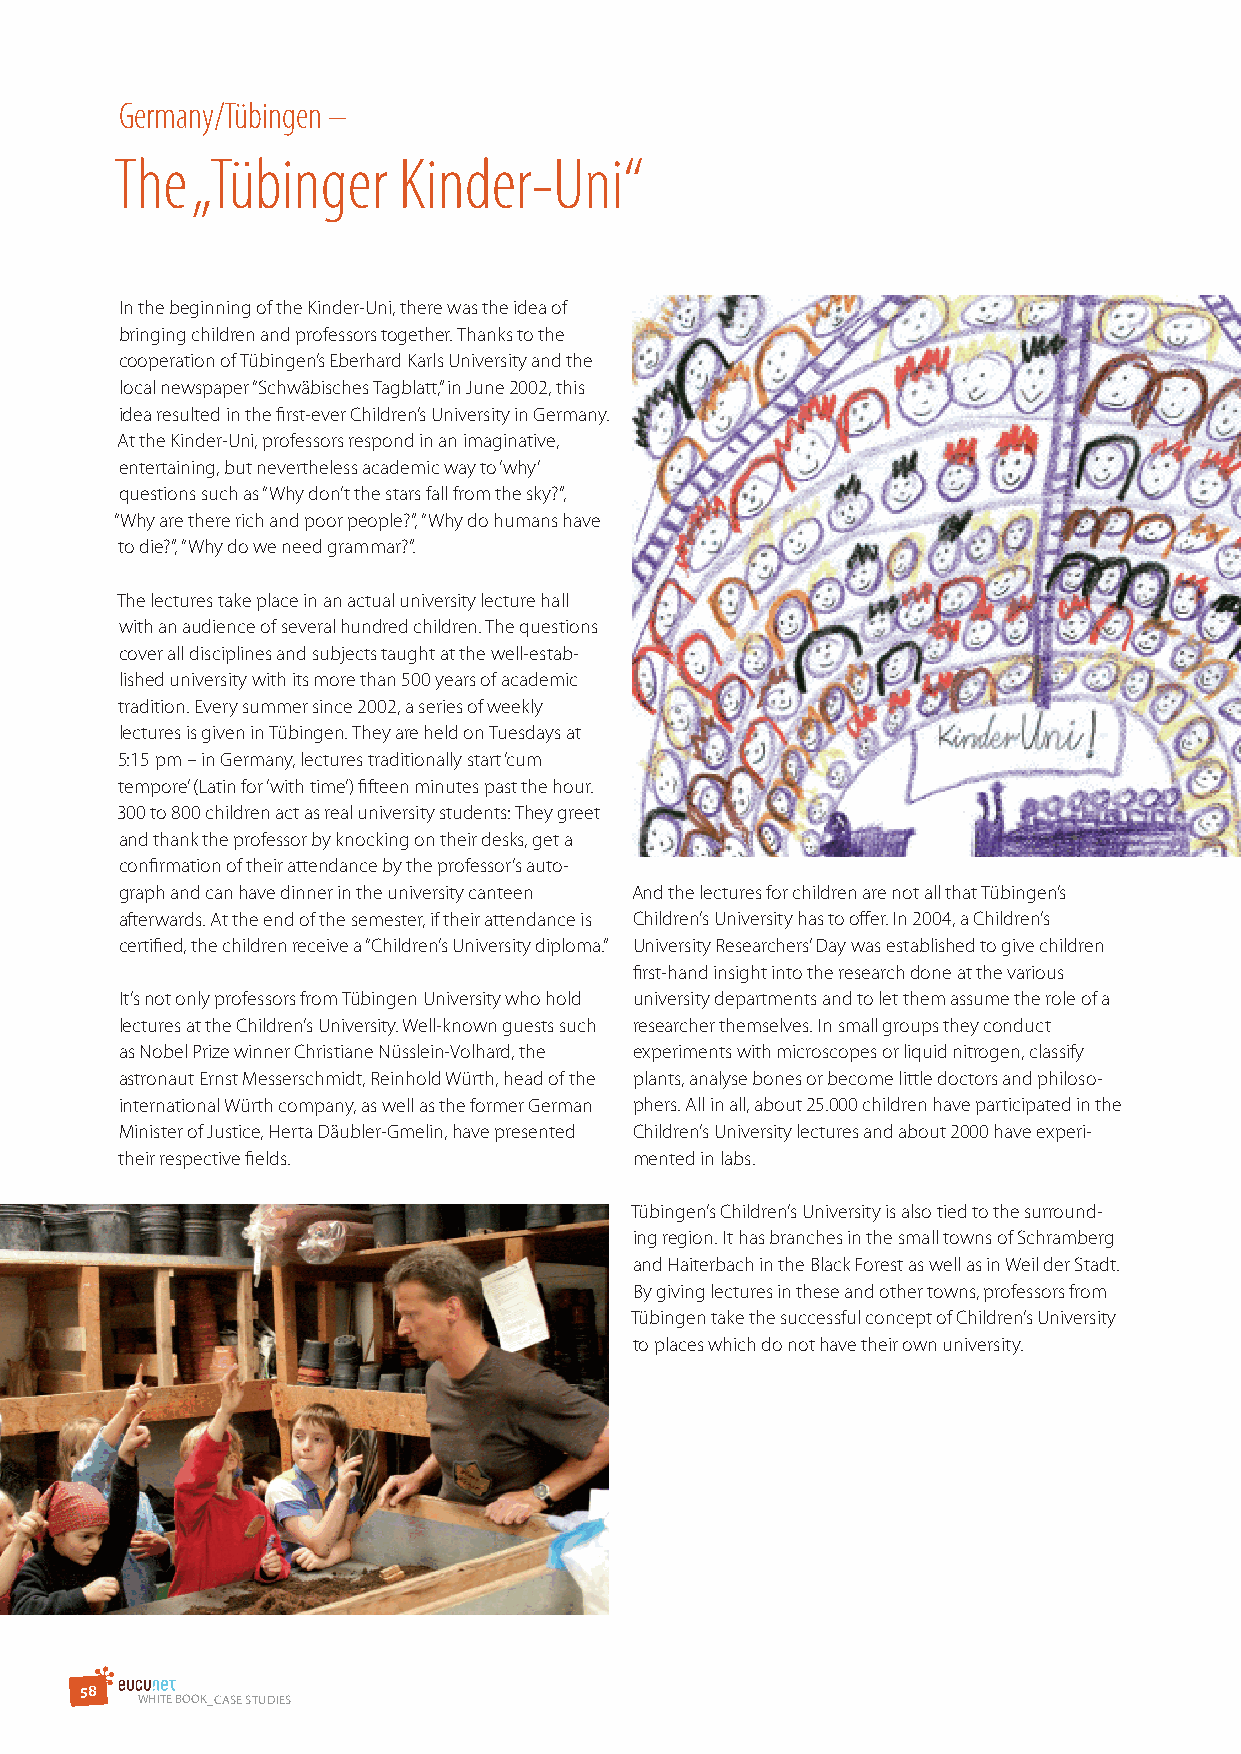
Germany/Tübingen –
 The  „Tübinger    Kinder-Uni“
 In the beginning of the Kinder-Uni, there was the idea of
 bringing children and professors together. Thanks to the
 cooperation of Tübingen’s Eberhard Karls University and the
 local newspaper “Schwäbisches Tagblatt,” in June 2002, this
 idea resulted in the first-ever Children’s University in Germany.
 At the Kinder-Uni, professors respond in an imaginative,
 entertaining, but nevertheless academic way to ‘why’
 questions such as “Why don’t the stars fall from the sky?”,
 “Why are there rich and poor people?”, “Why do humans have
 to die?”, “Why do we need grammar?”.
 The lectures take place in an actual university lecture hall
 with an audience of several hundred children. The questions
 cover all disciplines and subjects taught at the well-estab-
 lished university with its more than 500 years of academic
 tradition. Every summer since 2002, a series of weekly
 lectures is given in Tübingen. They are held on Tuesdays at
 5:15 pm – in Germany, lectures traditionally start ‘cum
 tempore’ (Latin for ‘with time’) fifteen minutes past the hour.
 300 to 800 children act as real university students: They greet
 and thank the professor by knocking on their desks, get a
 confirmation of their attendance by the professor’s auto-
 graph and can have dinner in the university canteen And the lectures for children are not all that Tübingen’s
 afterwards. At the end of the semester, if their attendance is Children’s University has to offer. In 2004, a Children’s
 certified, the children receive a “Children’s University diploma.” University Researchers’ Day was established to give children
 first-hand insight into the research done at the various
 It’s not only professors from Tübingen University who hold university departments and to let them assume the role of a
 lectures at the Children’s University. Well-known guests such researcher themselves. In small groups they conduct
 as Nobel Prize winner Christiane Nüsslein-Volhard, the experiments with microscopes or liquid nitrogen, classify
 astronaut Ernst Messerschmidt, Reinhold Würth, head of the plants, analyse bones or become little doctors and philoso-
 international Würth company, as well as the former German phers. All in all, about 25.000 children have participated in the
 Minister of Justice, Herta Däubler-Gmelin, have presented Children’s University lectures and about 2000 have experi-
 their respective fields.          mented in labs.
 Tübingen’s Children’s University is also tied to the surround-
 ing region. It has branches in the small towns of Schramberg
 and Haiterbach in the Black Forest as well as in Weil der Stadt.
 By giving lectures in these and other towns, professors from
 Tübingen take the successful concept of Children’s University
 to places which do not have their own university.
 5 8
 WHITE BOOK_CAsE sTudIEs